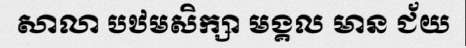
សាលា បឋមសិក្សា មង្គល មាន ជ័យ